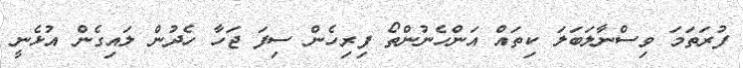
ފުރަތަމަ ވިސްނާލަބަލަ ކިތައް އަންހެނުންތޯ ފިރިހެން ސިފަ ޖަހާ ހެދުން ލައިގެން އުޅެނީ